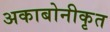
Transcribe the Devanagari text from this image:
अकाबोनीकृत